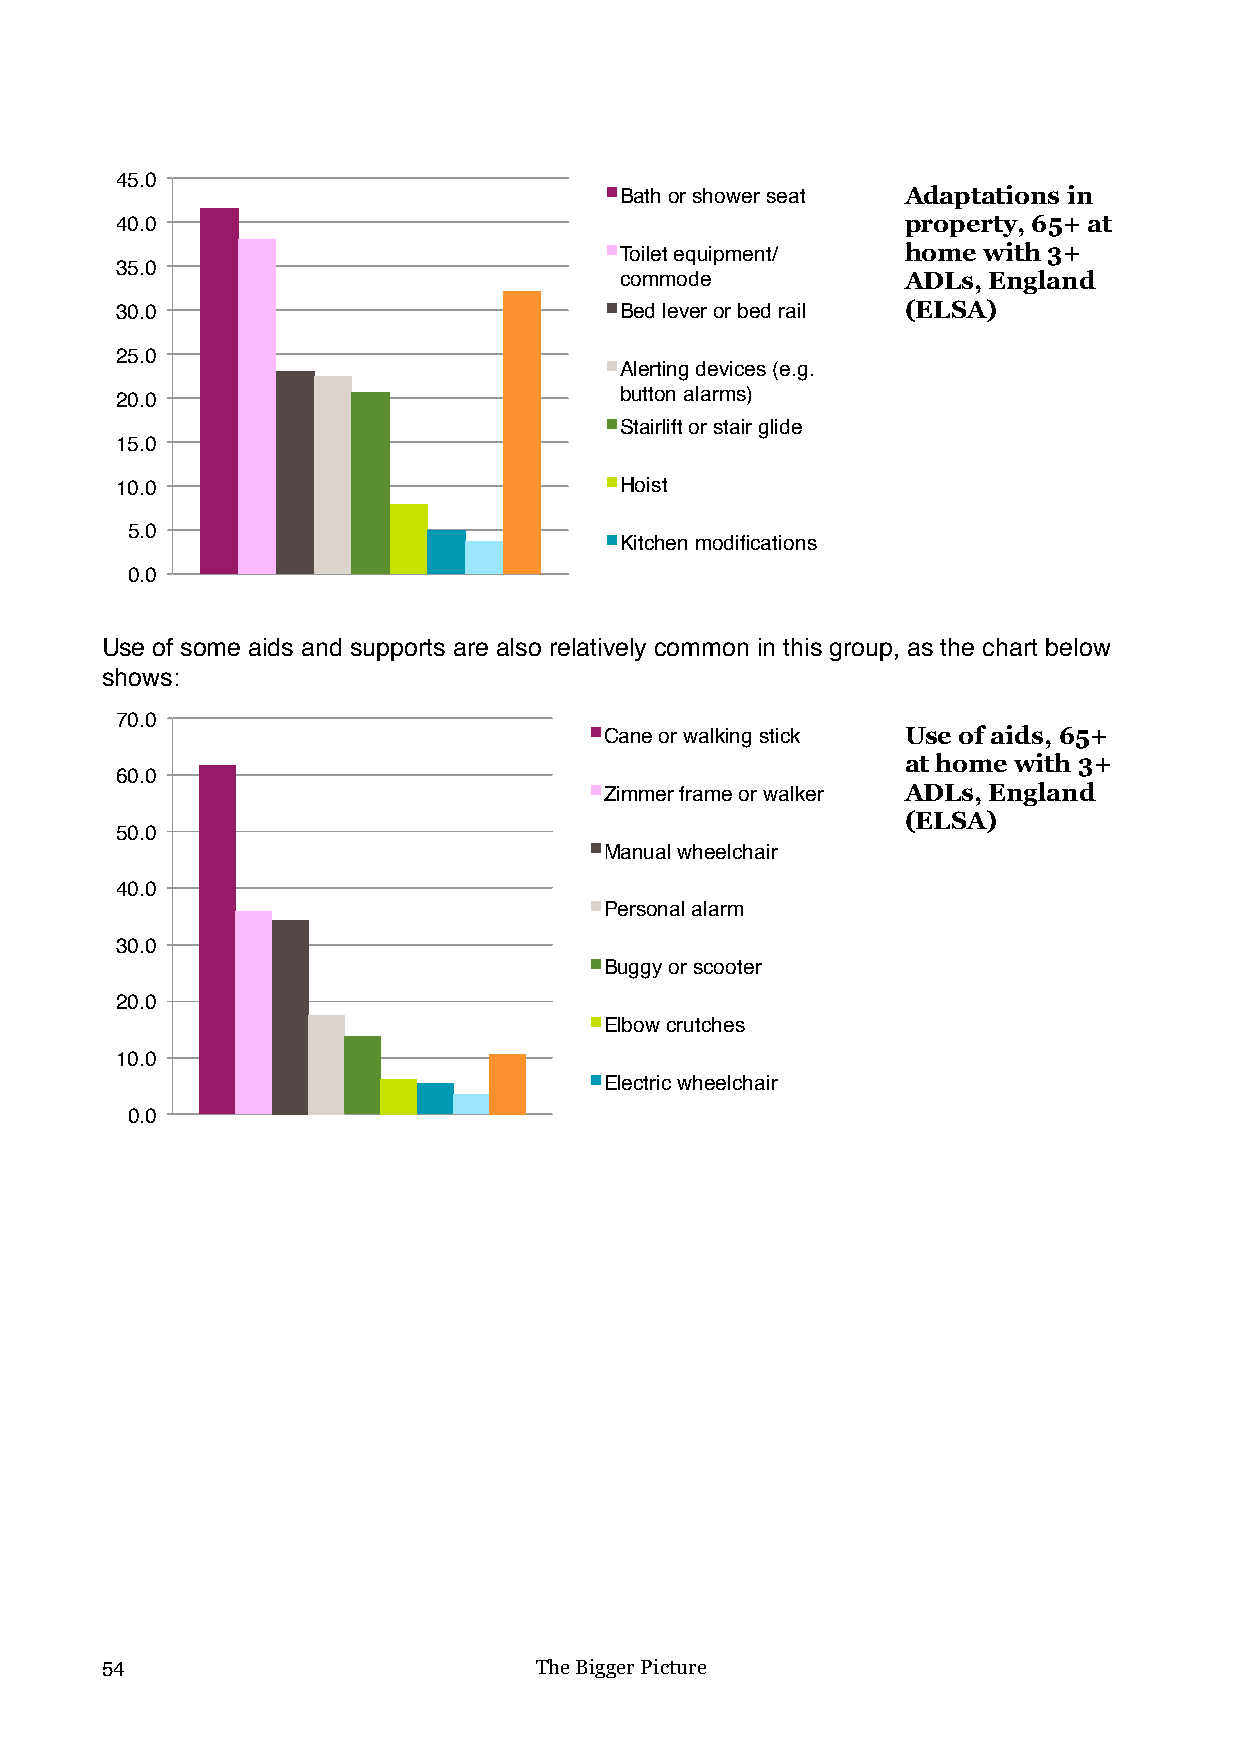
45.0
 Bath or shower seat Adaptations in
 40.0                                                property, 65+ at
 Toilet equipment/  home with 3+
 35.0
 commode            ADLs, England
 30.0                             Bed lever or bed rail (ELSA)
 25.0
 Alerting devices (e.g.
 20.0                             button alarms)
 Stairlift or stair glide
 15.0
 10.0                             Hoist
 5.0
 Kitchen modifications
 0.0
 Use of some aids and supports are also relatively common in this group, as the chart below
 shows:
 70.0
 Cane or walking stick Use of aids, 65+
 at home with 3+
 60.0
 Zimmer frame or walker ADLs, England
 (ELSA)
 50.0
 Manual wheelchair
 40.0
 Personal alarm
 30.0
 Buggy or scooter
 20.0
 Elbow crutches
 10.0
 Electric wheelchair
 0.0
 54                          The Bigger Picture